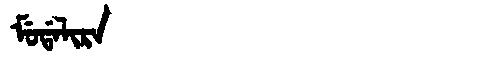
Manchu: ᠮᡠᡩᠠᠯᡳᡵᠠ
Romanization: MUDALIRA